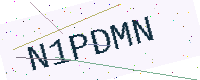
Text: N1PDMN